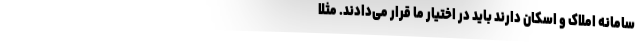
سامانه املاک و اسکان دارند باید در اختیار ما قرار می‌دادند. مثلاً